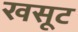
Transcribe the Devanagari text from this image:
खसूट